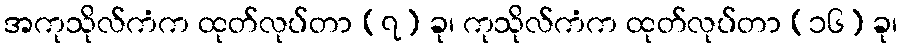
အကုသိုလ်ကံက ထုတ်လုပ်တာ (၇) ခု၊ ကုသိုလ်ကံက ထုတ်လုပ်တာ (၁၆) ခု၊